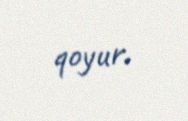
qoyur.